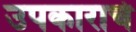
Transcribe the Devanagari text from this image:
उपकाराचे